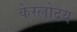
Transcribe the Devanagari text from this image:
केरलोदय